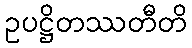
ဥပဋ္ဌိတဿတီတိ